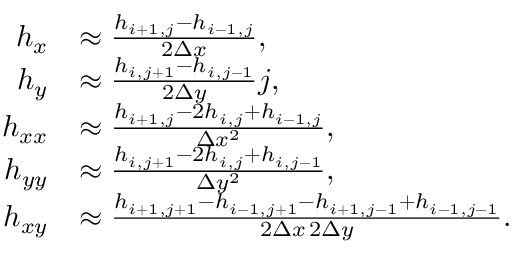
\begin{array} { r l } { h _ { x } } & { \approx \frac { h _ { i + 1 , j } - h _ { i - 1 , j } } { 2 \Delta x } , } \\ { h _ { y } } & { \approx \frac { h _ { i , j + 1 } - h _ { i , j - 1 } } { 2 \Delta y } j , } \\ { h _ { x x } } & { \approx \frac { h _ { i + 1 , j } - 2 h _ { i , j } + h _ { i - 1 , j } } { \Delta x ^ { 2 } } , } \\ { h _ { y y } } & { \approx \frac { h _ { i , j + 1 } - 2 h _ { i , j } + h _ { i , j - 1 } } { \Delta y ^ { 2 } } , } \\ { h _ { x y } } & { \approx \frac { h _ { i + 1 , j + 1 } - h _ { i - 1 , j + 1 } - h _ { i + 1 , j - 1 } + h _ { i - 1 , j - 1 } } { 2 \Delta x \, 2 \Delta y } . } \end{array}